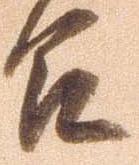
召